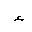
Letter: _hamza